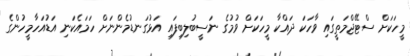
މީހަކަށް ސްޓޭޖްމަތީގައި ވާހަކަ ދައްކާ މީހަކަށް ވުމުގެ ނަސީބުލިބިފައި އަޅުގަނޑުމެންނަށް ހަމައެކަނި އަޑުއަހާމީހުންގެ